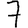
Digit: 7